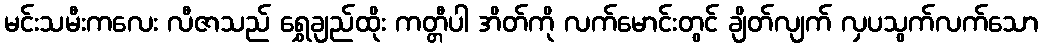
မင်းသမီးကလေး လီဇာသည် ရွှေချည်ထိုး ကတ္တီပါ အိတ်ကို လက်မောင်းတွင် ချိတ်လျက် လှပသွက်လက်သော